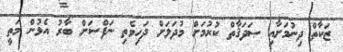
ޒަކާތް ދިނުމަށާއި ޞަދަޤާތް ކުރުމަށް މުދަލަށް ދަހިވެތި ނަފްސަށް ބާރު އެޅުން މަތީ